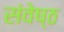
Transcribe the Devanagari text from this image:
संवेष्ठ